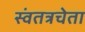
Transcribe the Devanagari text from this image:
स्वंतत्रचेता